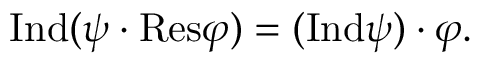
{ \mathrm { I n d } } ( \psi \cdot { \mathrm { R e s } } \varphi ) = ( { \mathrm { I n d } } \psi ) \cdot \varphi .